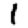
Digit: 1